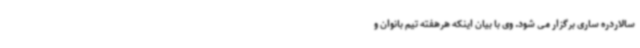
سالاردره ساری برگزار می شود. وی با بیان اینکه هرهفته تیم بانوان و